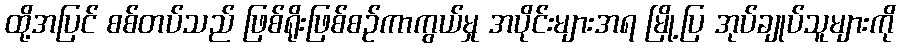
ထို့အပြင် စစ်တပ်သည် ဖြစ်ရိုးဖြစ်စဉ်ကာကွယ်မှု အပိုင်းများအရ မြို့ပြ အုပ်ချုပ်သူများကို